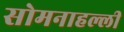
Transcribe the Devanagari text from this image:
सोमनाहल्ली